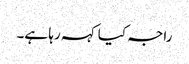
راجہ کیا کہہ رہا ہے۔